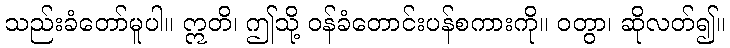
သည်းခံတော်မူပါ။ ဣတိ၊ ဤသို့ ဝန်ခံတောင်းပန်စကားကို။ ဝတွာ၊ ဆိုလတ်၍။